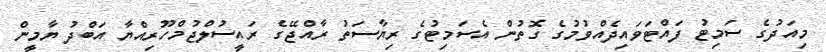
މިއަދުގެ ސަމިޓު ފައްޓަވައިދެއްވުމުގެ ގޮތުން އެސަމިޓުގެ ރިޔާސަތު ރާާއްޖޭގެ ރައީސުލްޖުމްހޫރިއްޔާ އަބްދު ޔާމީން